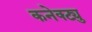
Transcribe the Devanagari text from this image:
कनेक्ट्यु